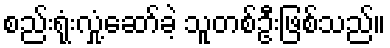
စည်းရုံးလှုံ့ဆော်ခဲ့ သူတစ်ဦးဖြစ်သည်။